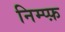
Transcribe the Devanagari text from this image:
निम्प्फ़